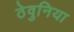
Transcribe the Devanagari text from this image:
ठेवुनिया